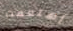
إهتممت